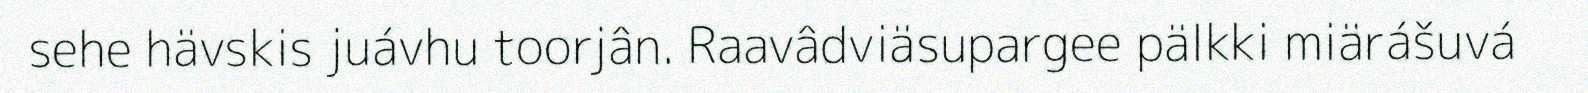
sehe hävskis juávhu toorjân. Raavâdviäsupargee pälkki miärášuvá